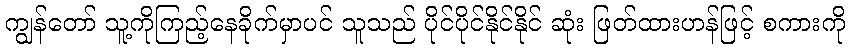
ကျွန်တော် သူ့ကိုကြည့်နေခိုက်မှာပင် သူသည် ပိုင်ပိုင်နိုင်နိုင် ဆုံး ဖြတ်ထားဟန်ဖြင့် စကားကို